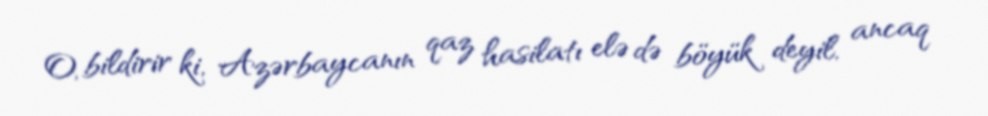
O, bildirir ki, Azərbaycanın qaz hasilatı elə də böyük deyil, ancaq